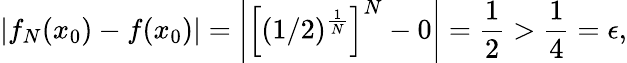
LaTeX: \left|f_{N}(x_{0})-f(x_{0})\right|=\left|\left[(1/2)^{\frac{1}{N}}\right]^{N}-0\right|={\frac{1}{2}}>{\frac{1}{4}}=\epsilon,